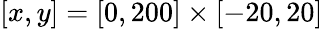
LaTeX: [x,y]=[0,200]\times[-20,20]